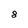
Character: 8